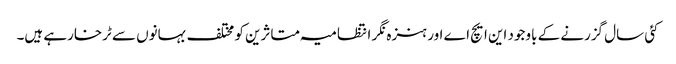
کئی سال گزرنے کے باوجود این ایچ اے اور ہنزہ نگر انتظامیہ متاثرین کو مختلف بہانوں سے ٹرخارہے ہیں۔